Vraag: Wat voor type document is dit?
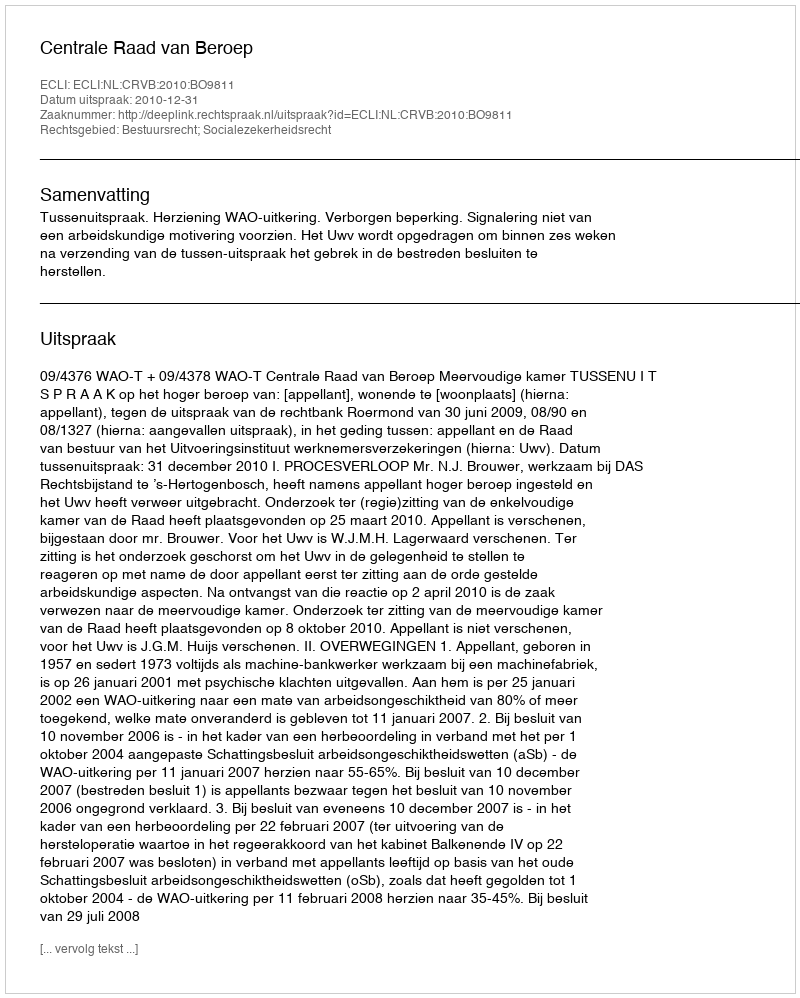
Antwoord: Uitspraak